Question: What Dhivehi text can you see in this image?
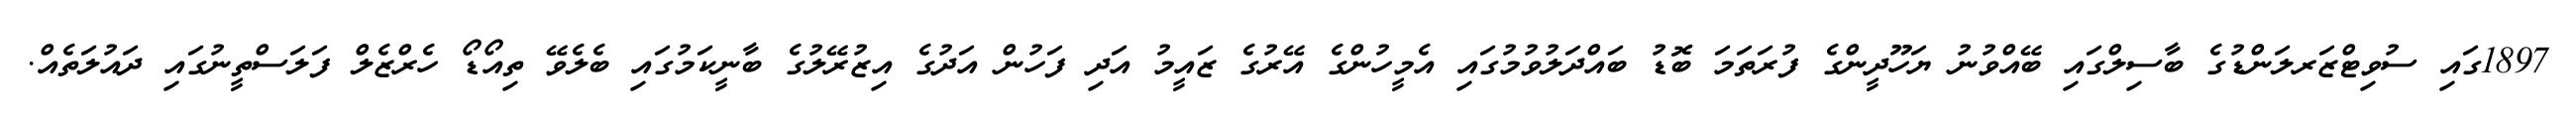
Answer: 1897ގައި ސުވިޓްޒަރލަންޑުގެ ބާސިލްގައި ބޭއްވުނު ޔަހޫދީންގެ ފުރަތަމަ ބޮޑު ބައްދަލުވުމުގައި އެމީހުންގެ އޭރުގެ ޒައީމު އަދި ފަހުން އަދުގެ އިޒުރޭލުގެ ބާނީކަމުގައި ބެލެވޭ ތިއޯޑޯ ހެރްޒެލް ފަލަސްތީނުގައި ދައުލަތެއް.